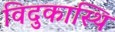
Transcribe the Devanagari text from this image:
विदुकास्थि